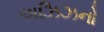
અઝિઝનો